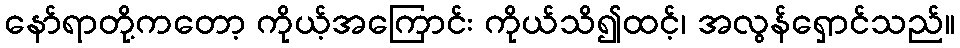
နော်ရာတို့ကတော့ ကိုယ့်အကြောင်း ကိုယ်သိ၍ထင့်၊ အလွန်ရှောင်သည်။